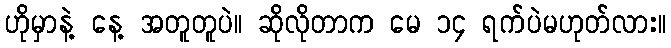
ဟိုမှာနဲ့ နေ့ အတူတူပဲ။ ဆိုလိုတာက မေ ၁၄ ရက်ပဲမဟုတ်လား။